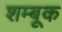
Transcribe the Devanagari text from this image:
शम्बूक